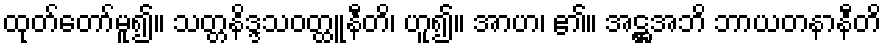
ထုတ်တော်မူ၍။ သတ္တနိဒ္ဒသဝတ္ထူနီတိ၊ ဟူ၍။ အာဟ၊ ၏။ အဋ္ဌအဘိ ဘာယတနာနီတိ